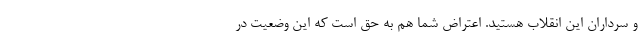
و سرداران این انقلاب هستید. اعتراض شما هم به حق است که این وضعیت در